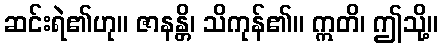
ဆင်းရဲ၏ဟု။ ဇာနန္တိ၊ သိကုန်၏။ ဣတိ၊ ဤသို့။